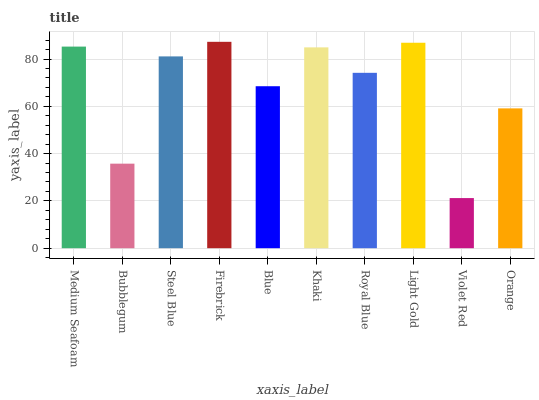
| xaxis_label | bars |
 | --- | --- |
 | Medium Seafoam | 85.3 |
 | Bubblegum | 35.8 |
 | Steel Blue | 81.1 |
 | Firebrick | 87.3 |
 | Blue | 68.5 |
 | Khaki | 84.9 |
 | Royal Blue | 74.2 |
 | Light Gold | 86.9 |
 | Violet Red | 21.2 |
 | Orange | 59.1 |